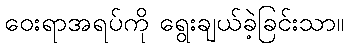
ဝေးရာအရပ်ကို ရွေးချယ်ခဲ့ခြင်းသာ။